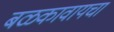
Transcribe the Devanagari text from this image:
बळकावायचा